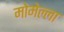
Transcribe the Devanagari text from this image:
मोमेल्ला